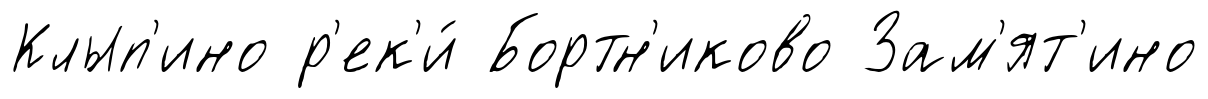
Клып'ино р'ек'и́ Бортн'иково Зам'ят'ино